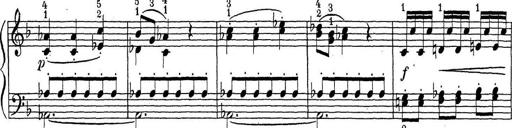
Title: ÄŒeskÃ© Sonatiny
Composer: Various